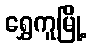
ရွှေကူမြို့